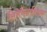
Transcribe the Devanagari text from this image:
सिनेफैंटास्टिक